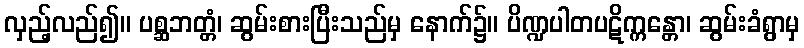
လှည့်လည်၍။ ပစ္ဆဘတ္တံ၊ ဆွမ်းစားပြီးသည်မှ နောက်၌။ ပိဏ္ဍပါတပဋိက္ကန္တော၊ ဆွမ်းခံရွာမှ